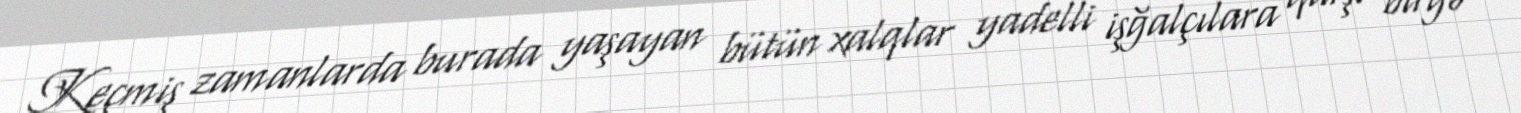
Keçmiş zamanlarda burada yaşayan bütün xalqlar yadelli işğalçılara qarşı birgə